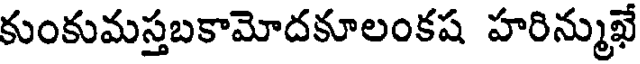
కుంకుమస్తబకామోదకూలంకష హరిన్ముఖే